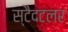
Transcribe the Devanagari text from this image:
स्टैदटलर